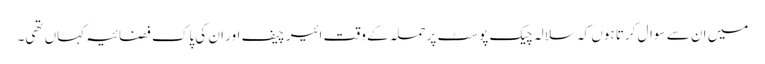
میں ان سے سوال کرتا ہوں کہ سلالہ چیک پوسٹ پرحملہ کے وقت ائیر چیف اور ان کی پاک فضائیہ کہاں تھی۔